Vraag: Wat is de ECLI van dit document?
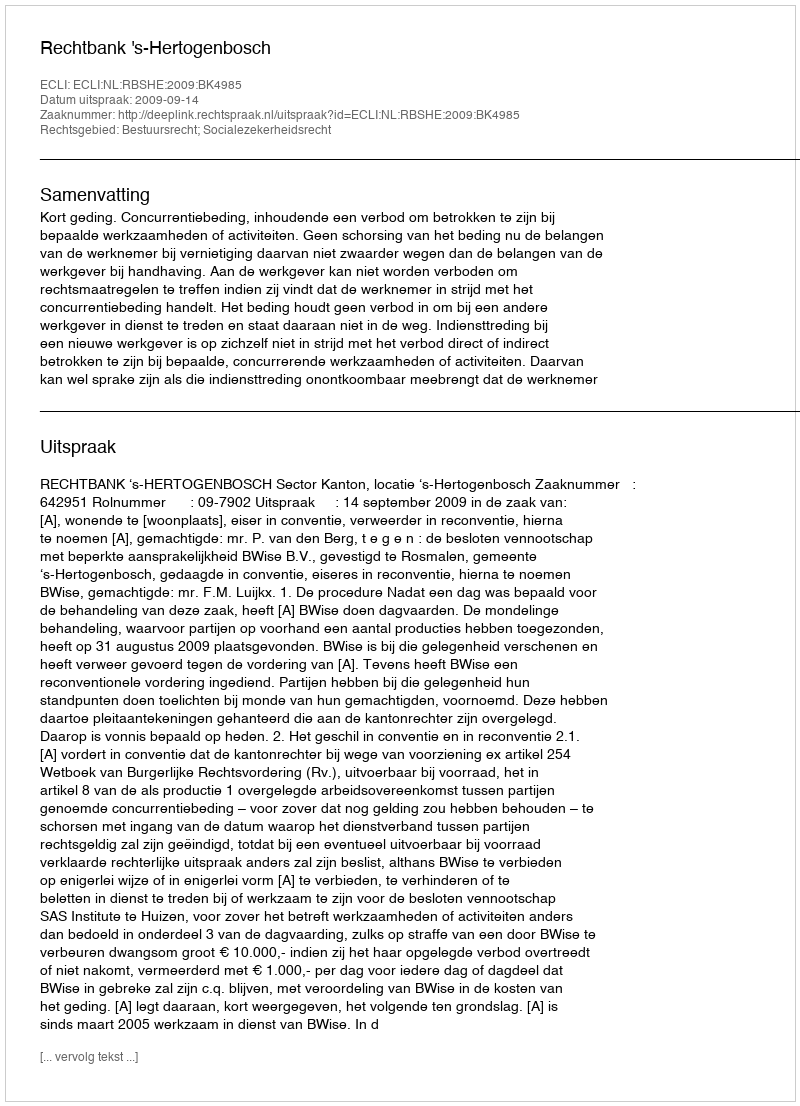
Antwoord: ECLI:NL:RBSHE:2009:BK4985